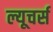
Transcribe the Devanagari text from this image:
ल्यूचर्स